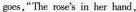
goes,"The rose'sin her hand,